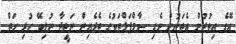
އޭގެ އިތުރުން އެތަނުން ނެގި ސާމްޕަލްތަކުގެ ތެރެއިން ނަތީޖާ ނުލިބޭ ހުރި ހަތް